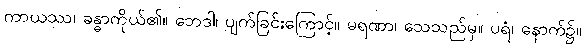
ကာယဿ၊ ခန္ဓာကိုယ်၏။ ဘေဒါ၊ ပျက်ခြင်းကြောင့်။ မရဏာ၊ သေသည်မှ။ ပရံ၊ နောက်၌။